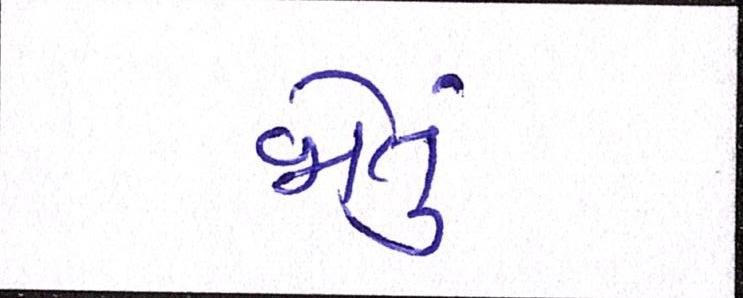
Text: જોતું